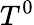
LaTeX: T^{0}